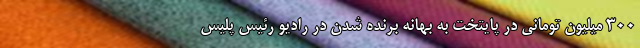
300 میلیون تومانی در پایتخت به بهانه برنده شدن در رادیو رئیس پلیس